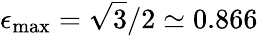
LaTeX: \epsilon_{\mathrm{max}}=\sqrt{3}/2\simeq 0.866